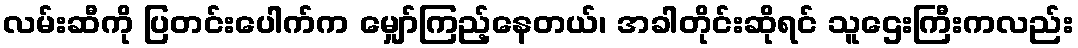
လမ်းဆီကို ပြတင်းပေါက်က မျှော်ကြည့်နေတယ်၊ အခါတိုင်းဆိုရင် သူဌေးကြီးကလည်း